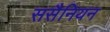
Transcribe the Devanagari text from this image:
ससैनियन